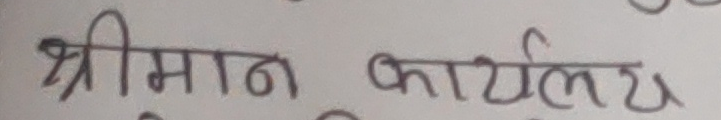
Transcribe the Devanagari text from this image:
श्रीमान कार्यालय